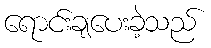
ရောင်းချပေးခဲ့သည်